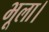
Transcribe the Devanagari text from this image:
भूला।